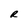
Character: R